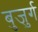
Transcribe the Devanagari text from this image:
बुजु़र्ग